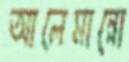
আলেমান্নো